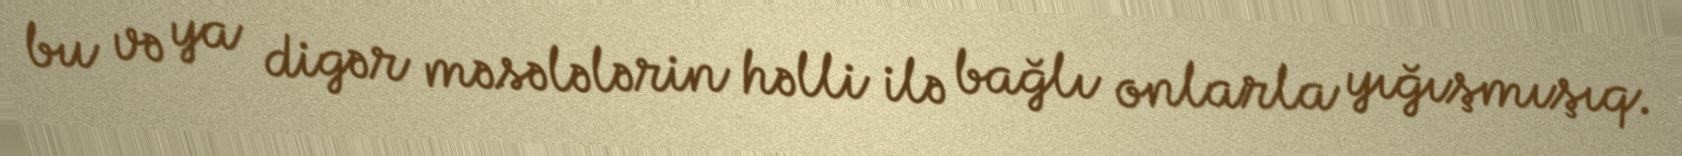
bu və ya digər məsələlərin həlli ilə bağlı onlarla yığışmışıq.